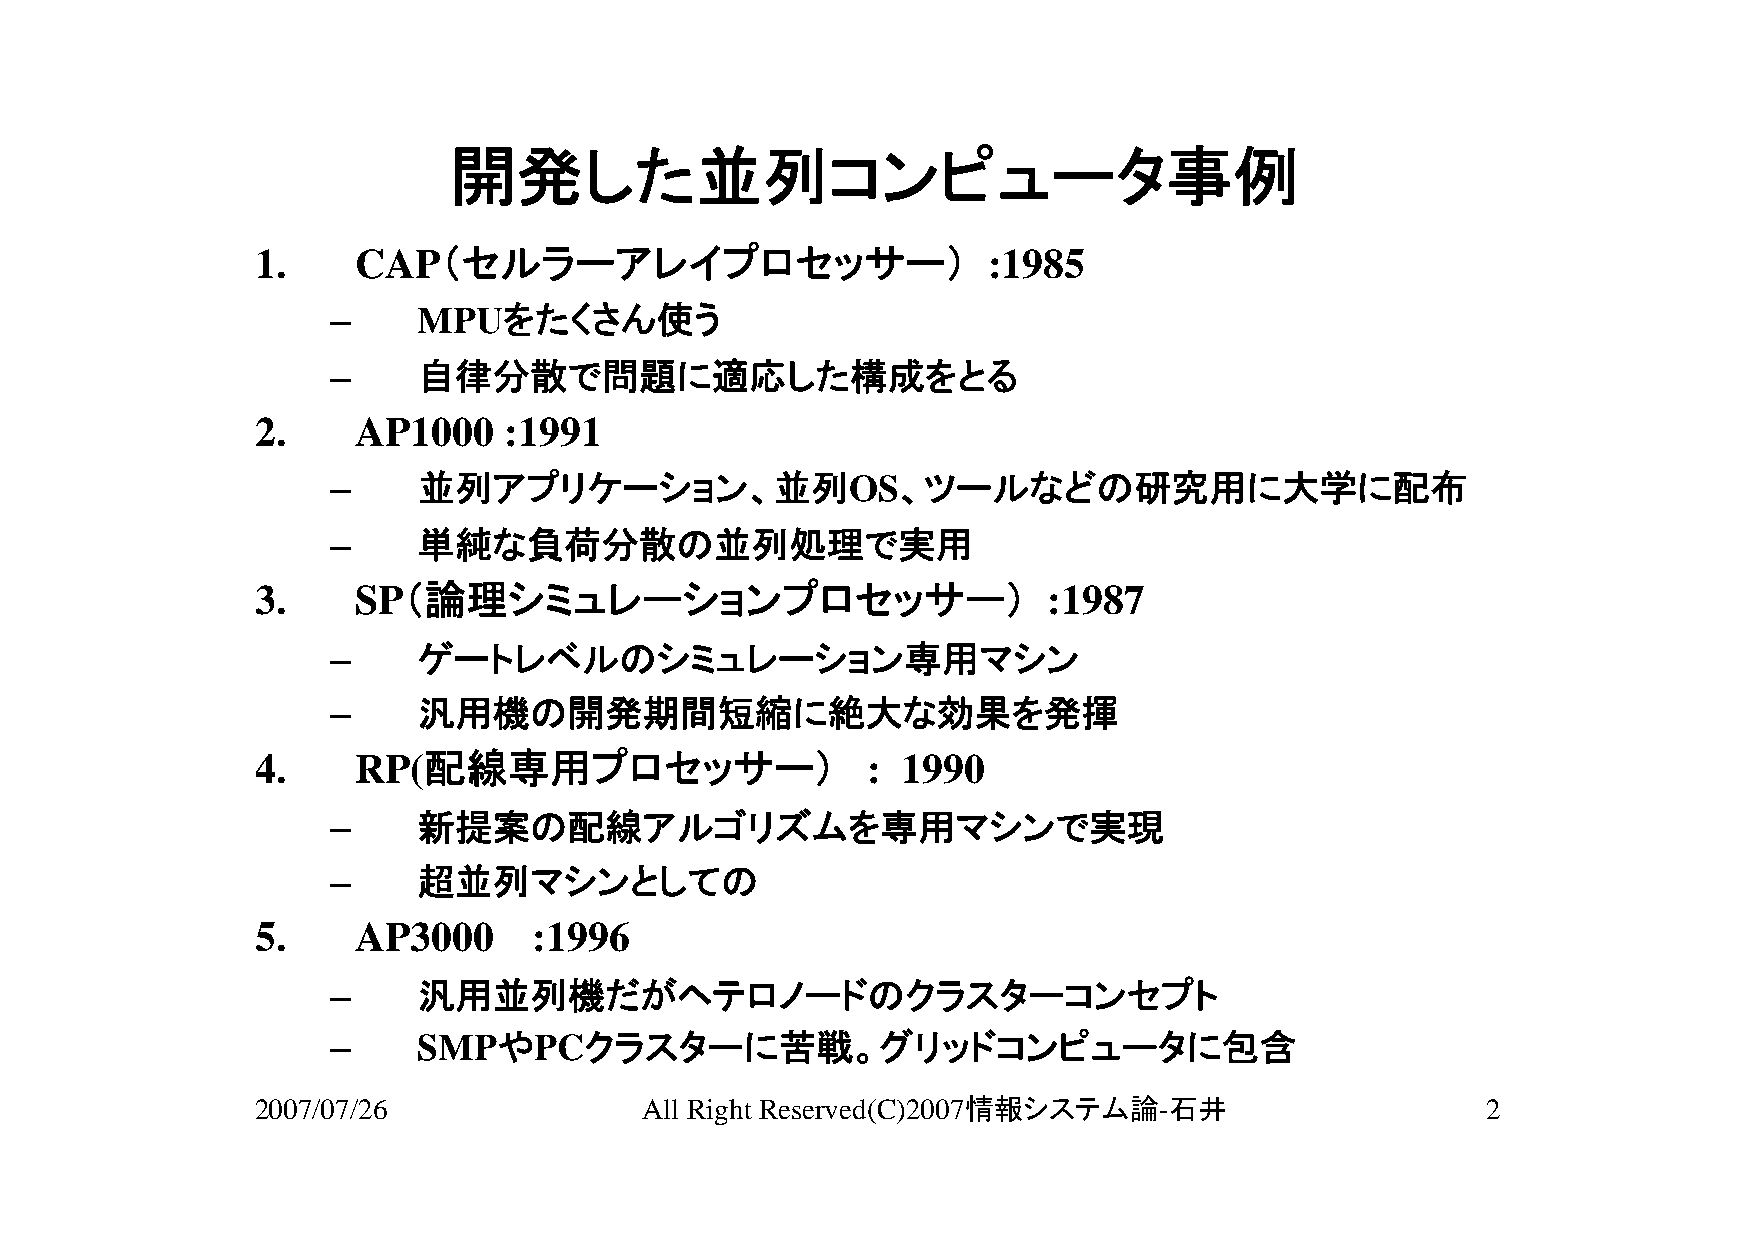
開発した並列コンピュータ事例
 1.    CAP（セルラーアレイプロセッサー）                        :1985
 –     MPUをたくさん使う
 –     自律分散で問題に適応した構成をとる
 2.    AP1000    :1991
 –     並列アプリケーション、並列OS、ツールなどの研究用に大学に配布
 –     単純な負荷分散の並列処理で実用
 3.    SP（論理シミュレーションプロセッサー）                          :1987
 –     ゲートレベルのシミュレーション専用マシン
 –     汎用機の開発期間短縮に絶大な効果を発揮
 4.    RP(配線専用プロセッサー）                    :  1990
 –     新提案の配線アルゴリズムを専用マシンで実現
 –     超並列マシンとしての
 5.    AP3000      :1996
 –     汎用並列機だがヘテロノードのクラスターコンセプト
 –     SMPやPCクラスターに苦戦。グリッドコンピュータに包含
 2007/07/26               All Right Reserved(C)2007情報システム論-石井                     2